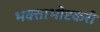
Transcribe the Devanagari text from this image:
भक्ताभीष्टकरी